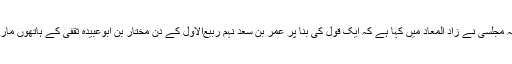
علامہ مجلسی نے زاد المعاد میں کہا ہے کہ ایک قول کی بنا پر عمر بن سعد نہم ربیع‌الاول کے دن مختار بن ابوعبیدہ ثقفی کے ہاتھوں مارا گیا۔